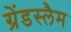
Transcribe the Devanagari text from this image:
ग्रेंडस्लैम